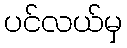
ပင်လယ်မှ